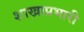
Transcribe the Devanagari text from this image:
शाखाप्रभारी